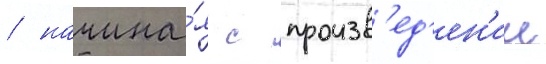
/ начина́я с произв'ед'ен'ии